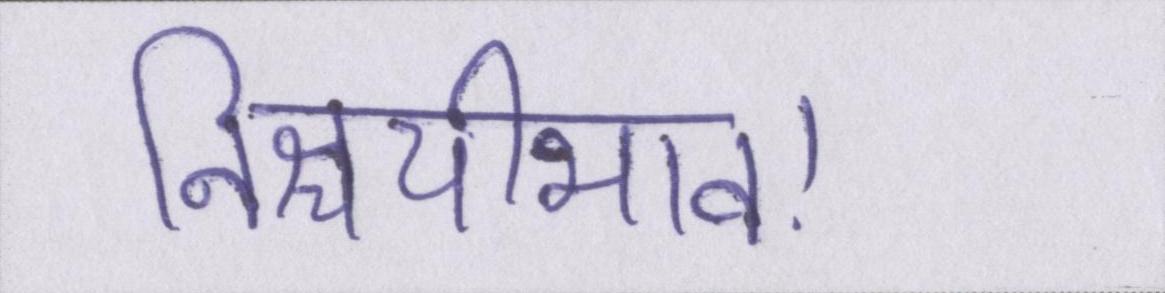
निश्चयीभाव।